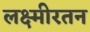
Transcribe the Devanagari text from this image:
लक्ष्मीरतन